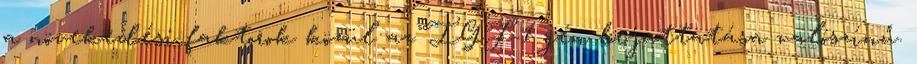
a növekedési faktorok közül az IGF-1 gén bejuttatása valószínű.